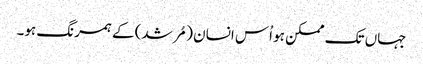
جہاں تک ممکن ہو اُس انسان (مُرشد) کے ہمرنگ ہو۔